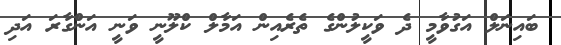
ބައިނަލް އަގުވާމީ ދެ ވަކީލުންގެ ތެރެއިން އަމާލް ކްލޫނީ ވަނީ އަންގާރަ އަދި